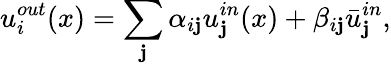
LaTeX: u_{i}^{out}(x)=\sum_{\mathbf{j}}\alpha_{i\mathbf{j}}u_{\mathbf{j}}^{in}(x)+\beta_{i\mathbf{j}}\bar{{u}}_{\mathbf{j}}^{in},